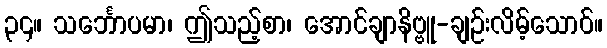
၃၄။ သင်္ဘောပမာ၊ ဤသည့်စာ၊ အောင်ချာနိဗ္ဗူ-ချဉ်းလိမ့်သောဝ်။